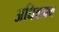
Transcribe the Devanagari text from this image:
अधिवाक्य